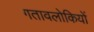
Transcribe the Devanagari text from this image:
गतावलोकियों